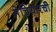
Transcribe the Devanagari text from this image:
मेचियारची